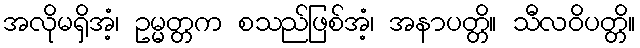
အလိုမရှိအံ့၊ ဥမ္မတ္တက စသည်ဖြစ်အံ့၊ အနာပတ္တိ။ သီလဝိပတ္တိ။